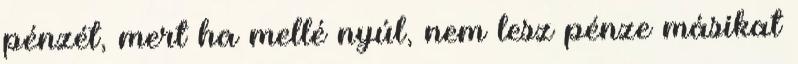
pénzét, mert ha mellé nyúl, nem lesz pénze másikat